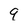
Character: 9